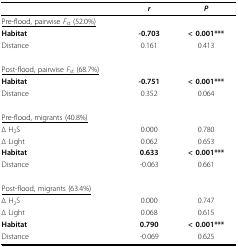
<table><thead><tr><td></td><td><b><i>r</i></b></td><td><b><i>P</i></b></td></tr></thead><tbody><tr><td><underline>Pre-flood, pairwise <i>F</i><sub>st </sub>(52.0%)</underline></td><td></td><td></td></tr><tr><td><b>Habitat</b></td><td><b>-0.703</b></td><td><b>&lt; 0.001***</b></td></tr><tr><td>Distance</td><td>0.161</td><td>0.413</td></tr><tr><td><underline>Post-flood, pairwise <i>F</i><sub>st </sub>(68.7%)</underline></td><td></td><td></td></tr><tr><td><b>Habitat</b></td><td><b>-0.751</b></td><td><b>&lt; 0.001***</b></td></tr><tr><td>Distance</td><td>0.352</td><td>0.064</td></tr><tr><td><underline>Pre-flood, migrants (40.8%)</underline></td><td></td><td></td></tr><tr><td>Δ H<sub>2</sub>S</td><td>0.000</td><td>0.780</td></tr><tr><td>Δ Light</td><td>0.062</td><td>0.653</td></tr><tr><td><b>Habitat</b></td><td><b>0.633</b></td><td><b>&lt; 0.001***</b></td></tr><tr><td>Distance</td><td>-0.063</td><td>0.661</td></tr><tr><td><underline>Post-flood, migrants (63.4%)</underline></td><td></td><td></td></tr><tr><td>Δ H<sub>2</sub>S</td><td>0.000</td><td>0.747</td></tr><tr><td>Δ Light</td><td>0.068</td><td>0.615</td></tr><tr><td><b>Habitat</b></td><td><b>0.790</b></td><td><b>&lt; 0.001***</b></td></tr><tr><td>Distance</td><td>-0.069</td><td>0.625</td></tr></tbody></table>